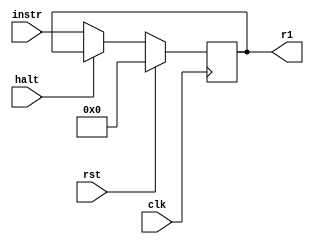
module R1(
	input wire clk,
	input wire halt,
	input wire rst,
	input wire [15:0] instr,
	output reg [15:0] r1);
	

always @(posedge clk) begin
    if(rst)
        r1 <= 0;
    else if(halt)
        r1 <= r1;
    else
        r1 <= instr;
end

endmodule